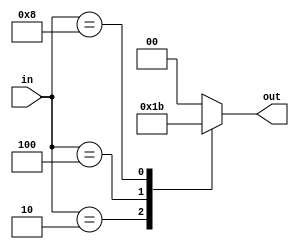

module encoder_4_to_2(
    input [3:0] in,
    output reg [1:0] out
);

always @ (in) begin
    case(in)
        4'b0001: out = 2'b00;
        4'b0010: out = 2'b01; 
        4'b0100: out = 2'b10;
        4'b1000: out = 2'b11; 
        default: out = 2'b00; 
    endcase
end

endmodule